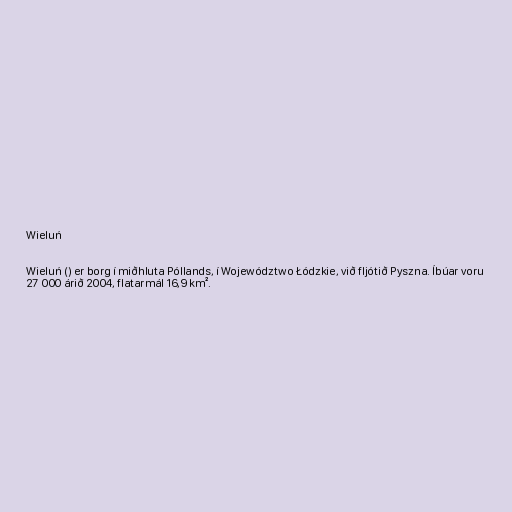
Wieluń

Wieluń () er borg í miðhluta Póllands, í Województwo Łódzkie, við fljótið Pyszna. Íbúar voru
27 000 árið 2004, flatarmál 16,9 km².